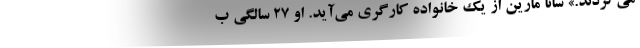
می‌کردند.» سانا مارین از یک خانواده کارگری می‌‌آید. او ۲۷ سالگی ب